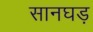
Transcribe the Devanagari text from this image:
सानघड़